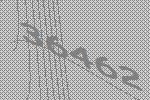
36462